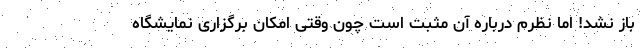
باز نشد! اما نظرم درباره آن مثبت است چون وقتی امکان برگزاری نمایشگاه